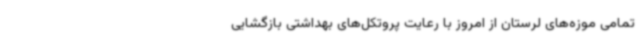
تمامی موزه‌های لرستان از امروز با رعایت پروتکل‌های بهداشتی بازگشایی